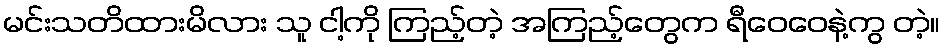
မင်းသတိထားမိလား သူ ငါ့ကို ကြည့်တဲ့ အကြည့်တွေက ရီဝေဝေနဲ့ကွ တဲ့။